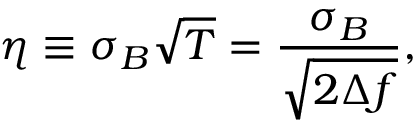
\eta \equiv \sigma _ { B } \sqrt { T } = \frac { \sigma _ { B } } { \sqrt { 2 \Delta f } } ,